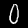
Label: 0